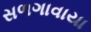
સળગાવાયા